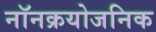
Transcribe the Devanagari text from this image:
नॉनक्रयोजनिक